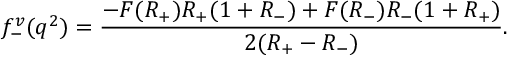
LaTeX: f _ { - } ^ { v } ( q ^ { 2 } ) = { \frac { - F ( R _ { + } ) R _ { + } ( 1 + R _ { - } ) + F ( R _ { - } ) R _ { - } ( 1 + R _ { + } ) } { 2 ( R _ { + } - R _ { - } ) } } .